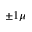
\pm 1 \mu